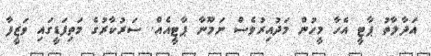
އަދާލާތު ޕާޓީ އެހާ މީހުން މަދުއިރުވެސް ނަމޫނާ ޕާޓީއެއް. ސަރުކާރުގެ މަތިފަޑީގައި ވަޒީފާ